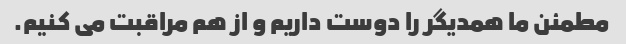
مطمئن ما همدیگر را دوست داریم و از هم مراقبت می کنیم.